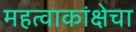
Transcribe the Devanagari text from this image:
महत्वाकांक्षेचा